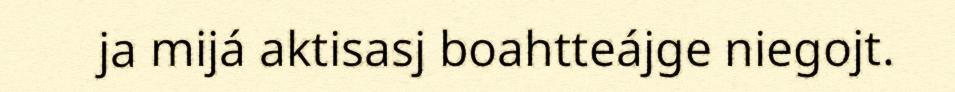
ja mijá aktisasj boahtteájge niegojt.